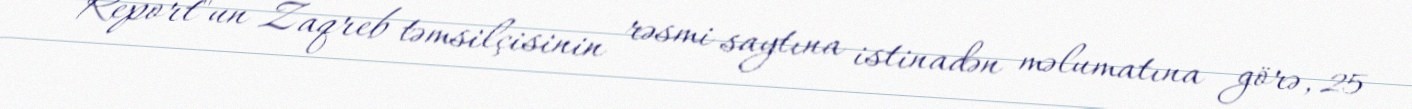
Report"un Zaqreb təmsilçisinin rəsmi saytına istinadən məlumatına görə, 25